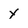
Character: y